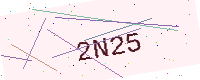
Text: 2N25